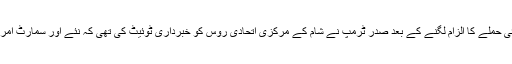
بشار حکومت پر کیمیائی حملے کا الزام لگنے کے بعد صدر ٹرمپ نے شام کے مرکزی اتحادی روس کو خبرداری ٹوئیٹ کی تھی کہ نئے اور سمارٹ امریکی میزائل آ رہے ہیں۔